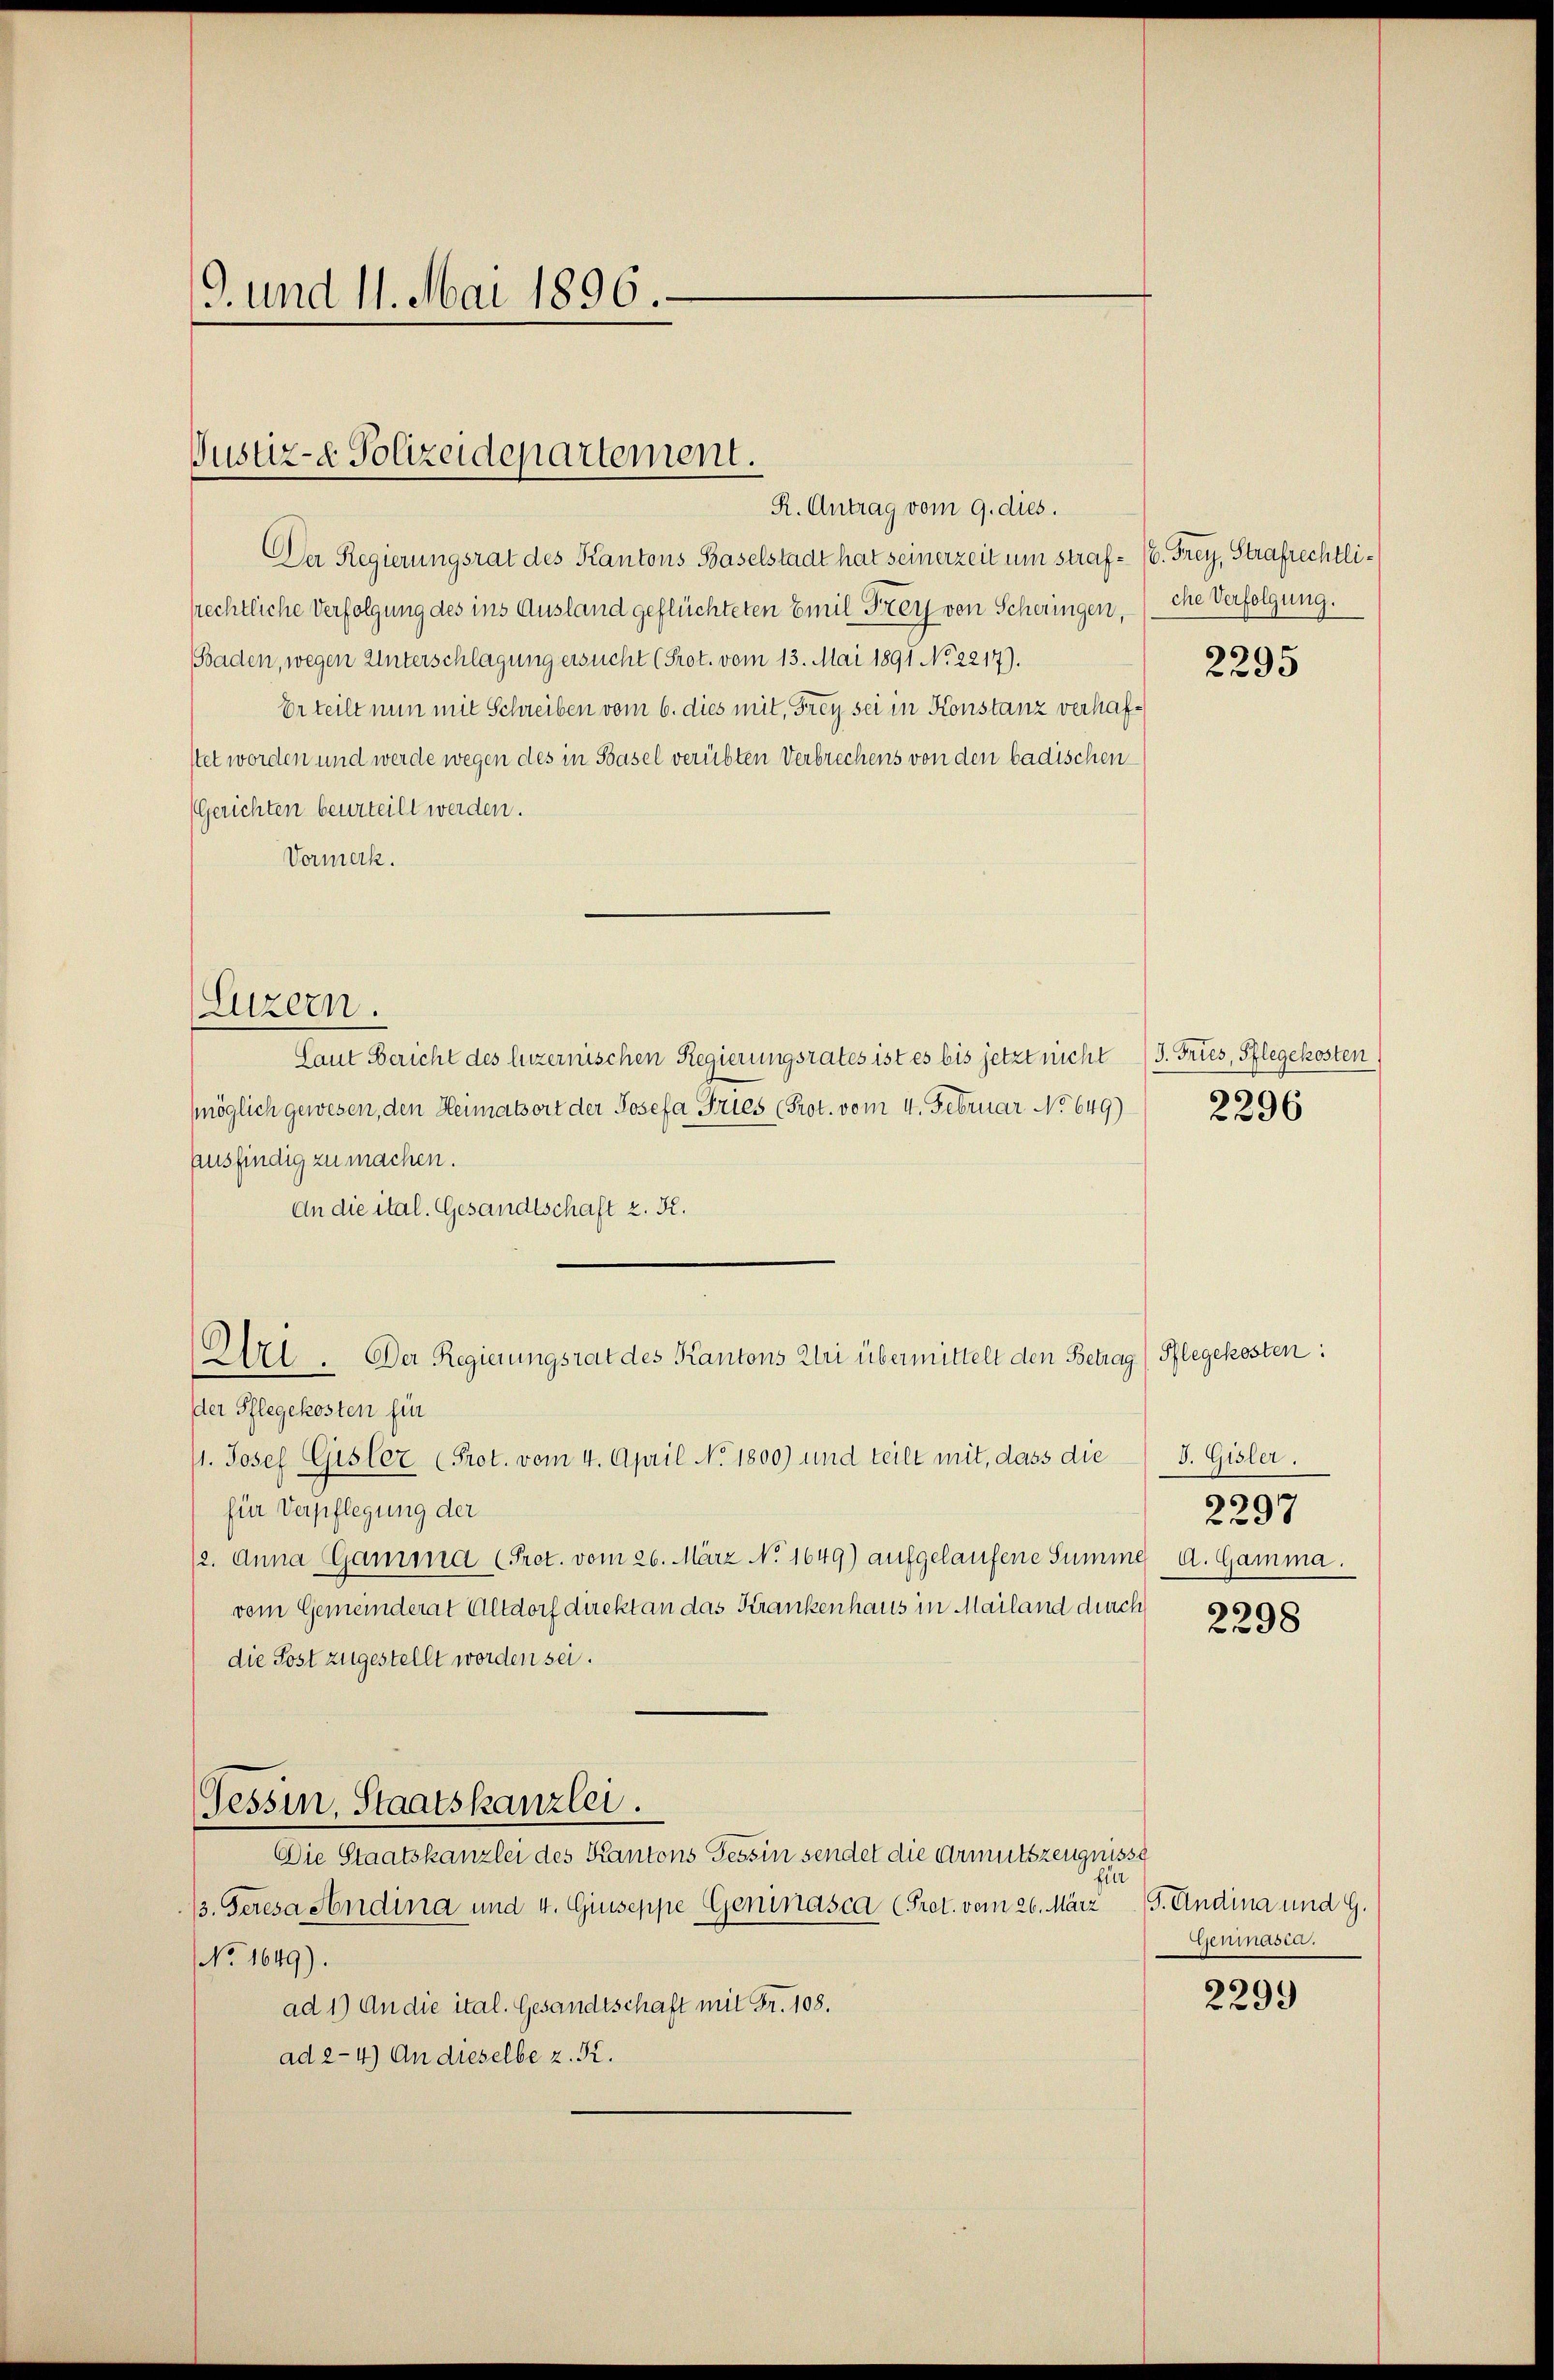
9. und 11. Mai 1896.

Justiz- Polizeidepartement.

R. Antrag vom 9. dies.
Der Regierungsrat des Kantons Baselstadt hat seinerzeit um straf- 16. Frey, Strafrechtli¬
Rechtliche Verfolgung des ins Ausland geflüchteten Emil Frey von Scheringen,
Baden, wegen Unterschlagung ersucht (Prot. vom 13. Mai 1891 No 2217).
Er teilt nun mit Schreiben vom 6. dies mit, Frey sei in Konstanz verhafstet worden und werde wegen des in Basel verübten Verbrechens von den badischen
(Gerichten beurteilt werden.
Vormerk.
Laut Bericht des luzernischen Regierungsrates ist es bis jetzt nicht (S. Fries, Pflegekosten
möglich gewesen, den Heimatsort der Josefa Gries (Prot. vom 4. Februar No 649)
ausfindig zu machen.
An die ital. Gesandtschaft z. R.
dder Pflegekosten fin
11. Josef Gisler (Prot. vom 4. April No 1800) und teilt mit, dass die
für Verpflegung der
(2. Anna Gamma (Pret. vom 26. März No. 1649) aufgelaufene Summe d. Gamma.
vom Gemeinderat Altdorf direkt an das Krankenhaus in Mailand durch
die Post zugestellt worden sei.
Tessin, Staatskanzlei.
Die Staatskanzlei des Kantons Tessin sendet die Armutszeugnisse
fin
/3. Geresa Andina und 4. Giuseppe Geninasca (Gret. vom 26. März 9. Andina und G.
No 1649).
ad 1) An die ital. Gesandtschaft mit Fr. 108.
ad 2-4) An dieselbe z. K.

(Luzern.

Art. Der Regierungsrat des Kantons Uri übermittelt den Betrag (Pflegekosten:

che Verfolgung.

2295

2296

J. Gisler.
2297

2298

Genmnasia.

2299